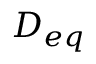
D _ { e q }